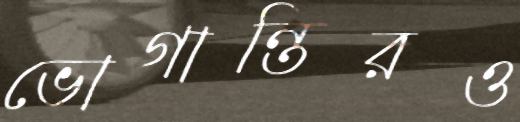
ভোগান্তিরও